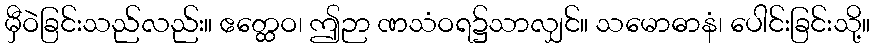
မှီဝဲခြင်းသည်လည်း။ ဧတ္ထေဝ၊ ဤဉာ ဏသံဝရ၌သာလျှင်။ သမောဓာနံ၊ ပေါင်းခြင်းသို့။